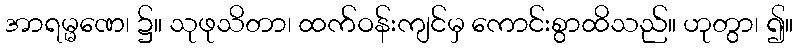
အာရမ္မဏေ၊ ၌။ သုဖုသိတာ၊ ထက်ဝန်းကျင်မှ ကောင်းစွာထိသည်။ ဟုတွာ၊ ၍။